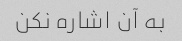
به آن اشاره نکن